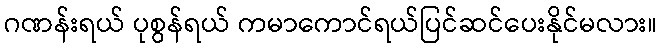
ဂဏန်းရယ် ပုစွန်ရယ် ကမာကောင်ရယ်ပြင်ဆင်ပေးနိုင်မလား။